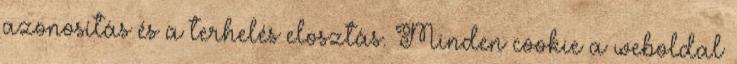
azonosítás és a terhelés elosztás. Minden cookie a weboldal